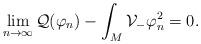
LaTeX: \begin{align*}\lim_{n\to\infty}\mathcal{Q}(\varphi_n)-\int_M\mathcal{V}_-\varphi_n^2=0.\end{align*}